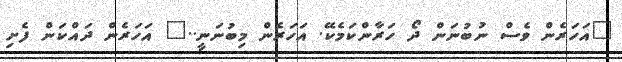
"އަހަރެން ވެސް ނުބުނަން ދޯ ހަރާންކަމެކޭ. އަހަރެން މިބުނަނީ.." އަހަރެން ދައްކަން ފެށި